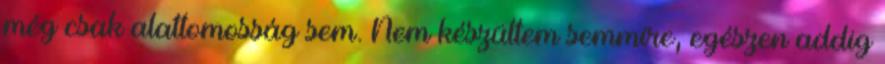
még csak alattomosság sem. Nem készültem semmire, egészen addig